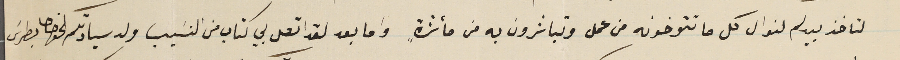
لتاخذ بيدكم لنوال كل ما تتوخونه من عمل وتباشرون به من مأثرةٍ واما بعد لقد اتصل بي كتاب من النسَيب ولد سيادتكم الخواجا بطرسَ